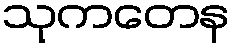
သုကတေန